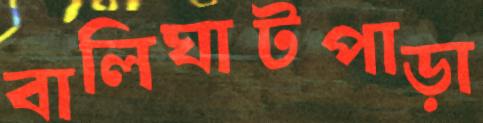
বালিঘাটপাড়া